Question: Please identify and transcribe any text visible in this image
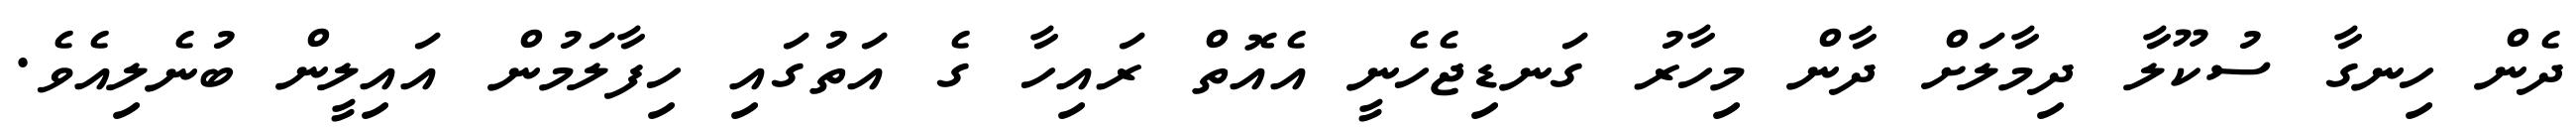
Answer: ދެން ހިނގާ ސުކޫލާ ދިމާލަށް ދާން މިހާރު ގަނޑިޖެހެނީ އެއޮތް ރައިހާ ގެ އަތުގައި ހިފާލަމުން އައިލީން ބުނެލިއެވެ.